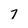
Character: 7